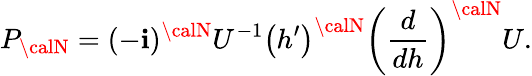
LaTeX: P_{\calN}=(-\mathbf{i})^{\calN}U^{-1}\left(h^{\prime}\right)^{\calN}\left(\frac{{d}}{{dh}}\right)^{\calN}U.